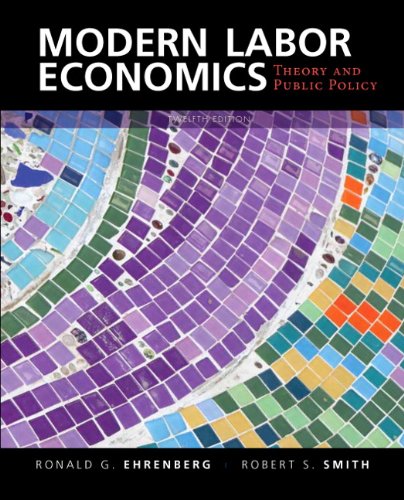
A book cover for Modern Labor Economics: Theory and Public Policy (12th Edition); Ronald G. Ehrenberg; Business & Money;